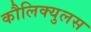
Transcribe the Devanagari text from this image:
कौलिक्युलस